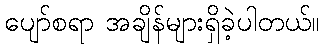
ပျော်စရာ အချိန်များရှိခဲ့ပါတယ်။